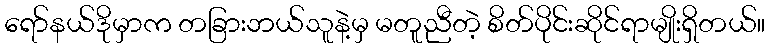
ရော်နယ်ဒိုမှာက တခြားဘယ်သူနဲ့မှ မတူညီတဲ့ စိတ်ပိုင်းဆိုင်ရာမျိုးရှိတယ်။